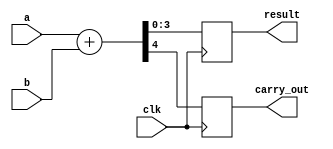
module behavioral_model(
    input wire clk,          // Clock signal
    input wire [3:0] a,     // 4-bit input signal 'a'
    input wire [3:0] b,     // 4-bit input signal 'b'
    output reg [3:0] result, // 4-bit output signal 'result'
    output reg carry_out     // Carry out flag
);

// Internal signals
reg [4:0] sum; // 5-bit sum to accommodate carry

// Task to perform addition
task add_task;
    input [3:0] x; // First input
    input [3:0] y; // Second input
    output [4:0] s; // Output sum
    begin
        s = x + y; // Perform addition
    end
endtask

// Continuous assignment using non-blocking assignment
always @(posedge clk) begin
    // Call the task to calculate sum
    add_task(a, b, sum);
    
    // Assign results and carry-out
    result <= sum[3:0]; // Assign lower 4 bits to result
    carry_out <= sum[4]; // Assign the carry-out bit
end

endmodule